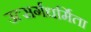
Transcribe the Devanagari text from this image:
उत्सर्गधर्मिता